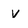
Character: v